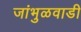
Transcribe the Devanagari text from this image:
जांभुळवाडी